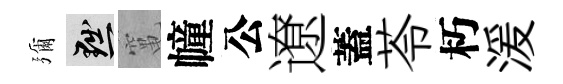
彌黜𥧄幢公遼蓋苓朽湲